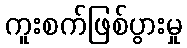
ကူးစက်ဖြစ်ပွားမှု